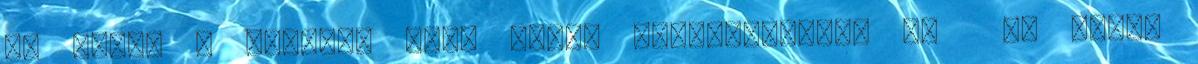
33 Rider R monoque flip kids, fehér-fekete, 34 35 Rider